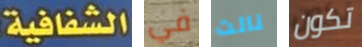
الشفافية: في نالت تكون